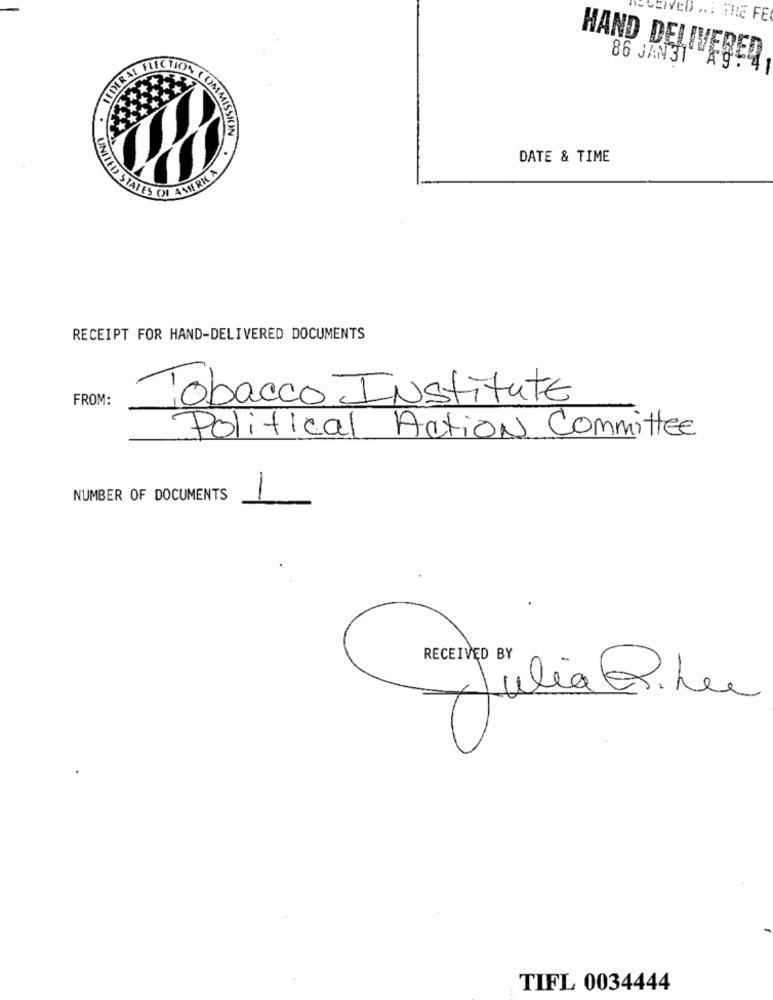
AVCIVED ... THE FE
HAND DELIVERED
86 JAN 31 Ag !!
EDER
INIT
DATE & TIME
HI STATES OF ANMERK A
RECEIPT FOR HAND-DELIVERED DOCUMENTS
FROM:
Tobacco Institute
Political Action Committee
NUMBER OF DOCUMENTS
RECEIVED BY
Julia@.her
TIFL 0034444